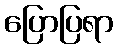
ပြောပြရာ